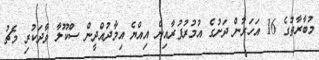
މުބާރާތުގެ 16 އަހަރުން ދަށުގެ އުމުރުފުރާއިން އިއްޔެ އިމާދުއްދީން ސްކޫލާ ވާދަކުރި މެޗު